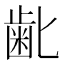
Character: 𮮾